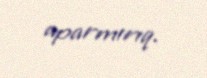
aparmırıq.